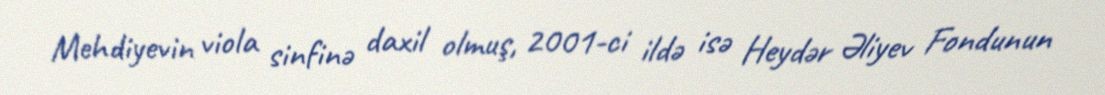
Mehdiyevin viola sinfinə daxil olmuş, 2001-ci ildə isə Heydər Əliyev Fondunun